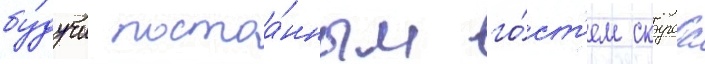
бу́дучи постоа́нным го́ст'ем скураса